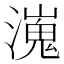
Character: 𤀖